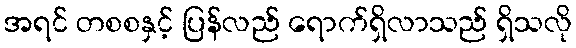
အရင် တစစနှင့် ပြန်လည် ရောက်ရှိလာသည် ရှိသလို